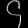
Digit: ၄